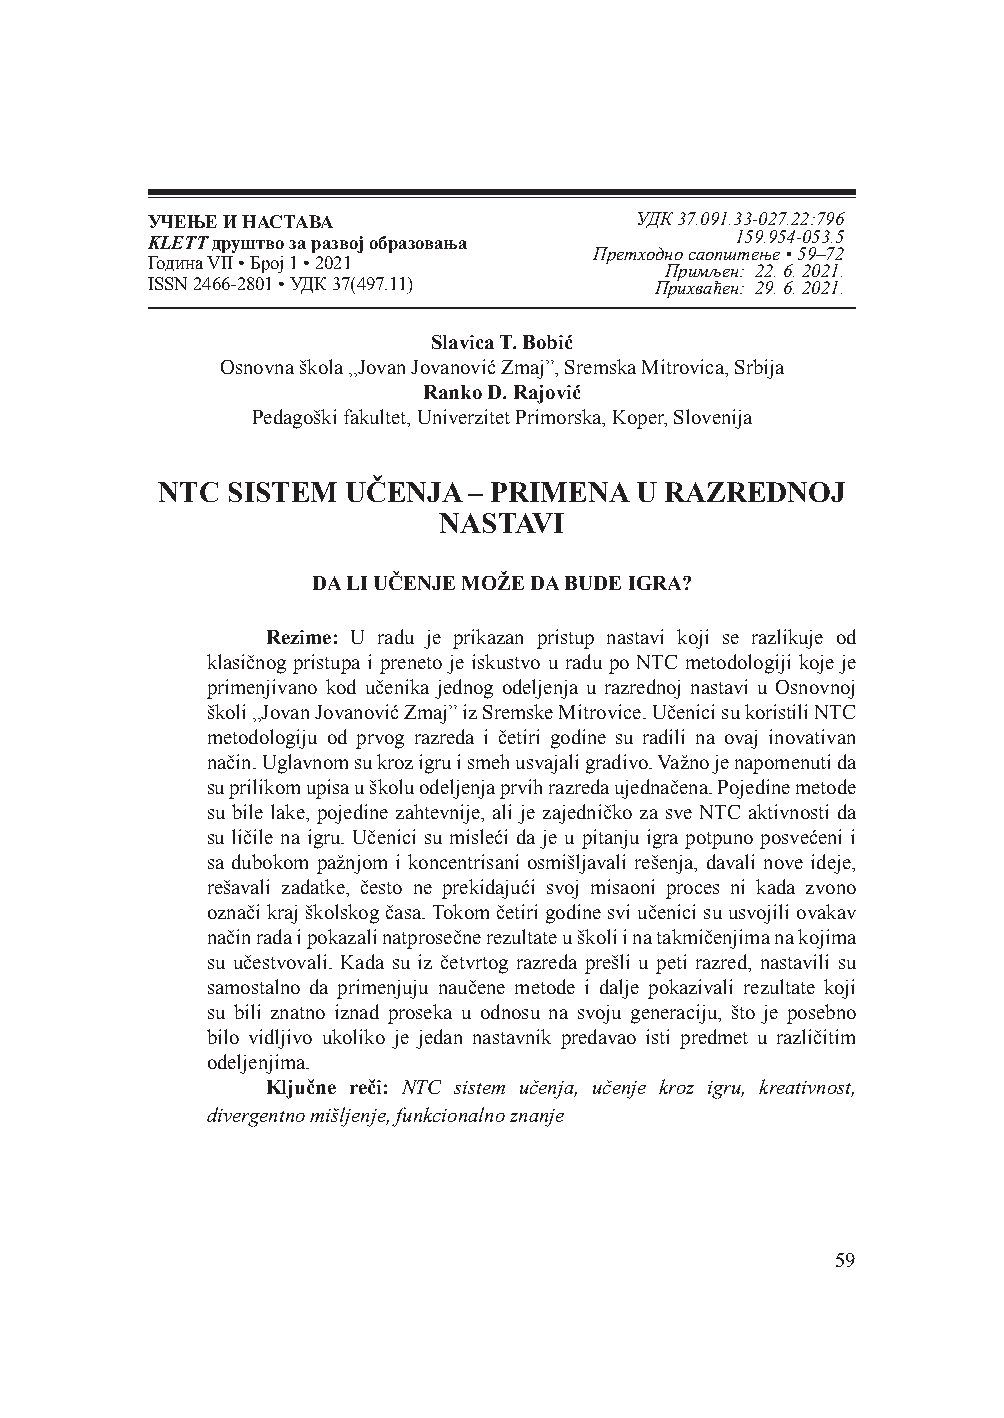
УЧЕЊЕ И НАСТАВА                 УДК 37.091.33-027.22:796
 KLETT друштво за развој образовања     159.954-053.5
 Претходно саопштење • 59–72
 Година VII • Број 1 • 2021
 Примљен: 22. 6. 2021.
 ISSN 2466-2801 • УДК 37(497.11)  Прихваћен: 29. 6. 2021.
 Slavica T. Bobić
 Osnovna škola „Jovan Jovanović Zmaj”, Sremska Mitrovica, Srbija
 Ranko D. Rajović
 Pedagoški fakultet, Univerzitet Primorska, Koper, Slovenija
 NTC  SISTEM  UČENJA  – PRIMENA  U RAZREDNOJ
 NASTAVI
 DA LI UČENJE MOŽE DA BUDE IGRA?
 Rezime: U radu je prikazan pristup nastavi koji se razlikuje od
 klasičnog pristupa i preneto je iskustvo u radu po NTC metodologiji koje je
 primenjivano kod učenika jednog odeljenja u razrednoj nastavi u Osnovnoj
 školi „Jovan Jovanović Zmaj” iz Sremske Mitrovice. Učenici su koristili NTC
 metodologiju od prvog razreda i četiri godine su radili na ovaj inovativan
 način. Uglavnom su kroz igru i smeh usvajali gradivo. Važno je napomenuti da
 su prilikom upisa u školu odeljenja prvih razreda ujednačena. Pojedine metode
 su bile lake, pojedine zahtevnije, ali je zajedničko za sve NTC aktivnosti da
 su ličile na igru. Učenici su misleći da je u pitanju igra potpuno posvećeni i
 sa dubokom pažnjom i koncentrisani osmišljavali rešenja, davali nove ideje,
 rešavali zadatke, često ne prekidajući svoj misaoni proces ni kada zvono
 označi kraj školskog časa. Tokom četiri godine svi učenici su usvojili ovakav
 način rada i pokazali natprosečne rezultate u školi i na takmičenjima na kojima
 su učestvovali. Kada su iz četvrtog razreda prešli u peti razred, nastavili su
 samostalno da primenjuju naučene metode i dalje pokazivali rezultate koji
 su bili znatno iznad proseka u odnosu na svoju generaciju, što je posebno
 bilo vidljivo ukoliko je jedan nastavnik predavao isti predmet u različitim
 odeljenjima.
 Ključne reči: NTC sistem učenja, učenje kroz igru, kreativnost,
 divergentno mišljenje, funkcionalno znanje
 59